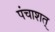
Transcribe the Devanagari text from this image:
पंचाशत्